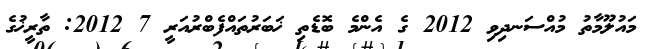
މައުލޫމާތު މުއްސަނދިވި 2012 ގެ އެންމެ ބޮޑެތި ޚަބަރުތައްފެބްރުއަރީ 7 2012: ތާރީޚުގެ